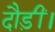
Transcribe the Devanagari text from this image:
दौड़ीं।